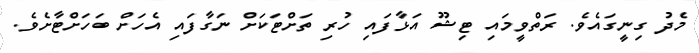
މެދު ގިނީގައެވެ. ރަތްވީމައި ޓިޝޫ އަޅާފައި ހުރި ތަށްޓަކަށް ނަގާފައި އެހަށް ބަހަށްޓާށެވެ.